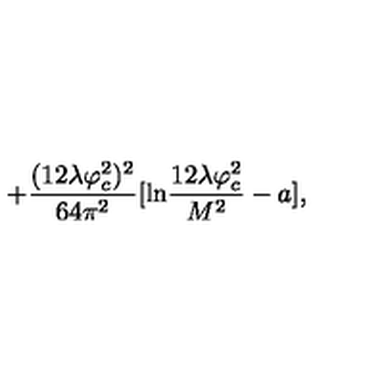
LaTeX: + \frac { ( 1 2 \lambda \varphi _ { c } ^ { 2 } ) ^ { 2 } } { 6 4 \pi ^ { 2 } } [ \mathrm { l n } \frac { 1 2 \lambda \varphi _ { c } ^ { 2 } } { M ^ { 2 } } - a ] ,